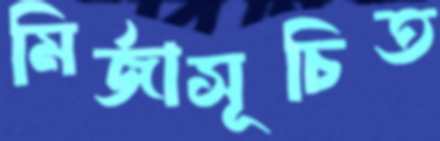
মির্জাসূচিত